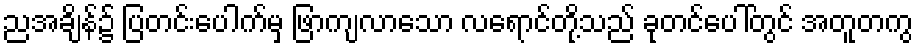
ညအချိန်၌ ပြတင်းပေါက်မှ ဖြာကျလာသော လရောင်တို့သည် ခုတင်ပေါ်တွင် အတူတကွ